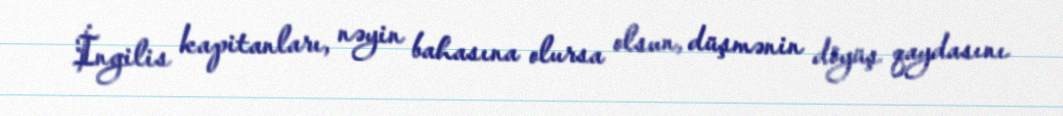
İngilis kapitanları, nəyin bahasına olursa olsun, düşmənin döyüş qaydasını